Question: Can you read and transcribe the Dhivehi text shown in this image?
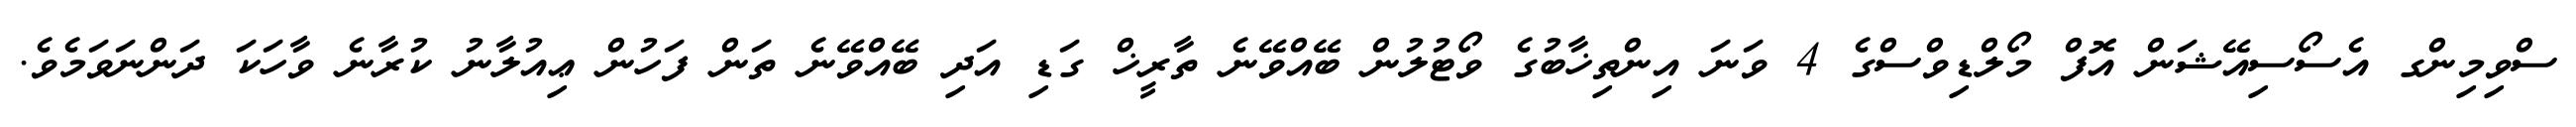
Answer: ސްވިމިންގ އެސޯސިއޭޝަން އޮފް މޯލްޑިވްސްގެ 4 ވަނަ އިންތިޚާބުގެ ވޯޓުލުން ބޭއްވޭނެ ތާރީޚް ގަޑި އަދި ބޭއްވޭނެ ތަން ފަހުން ޢިއުލާނު ކުރާނެ ވާހަކަ ދަންނަވަމެވެ.